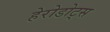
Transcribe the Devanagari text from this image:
हेरोडोट्स